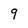
Character: 9